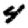
Digit: 4